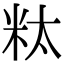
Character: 粏